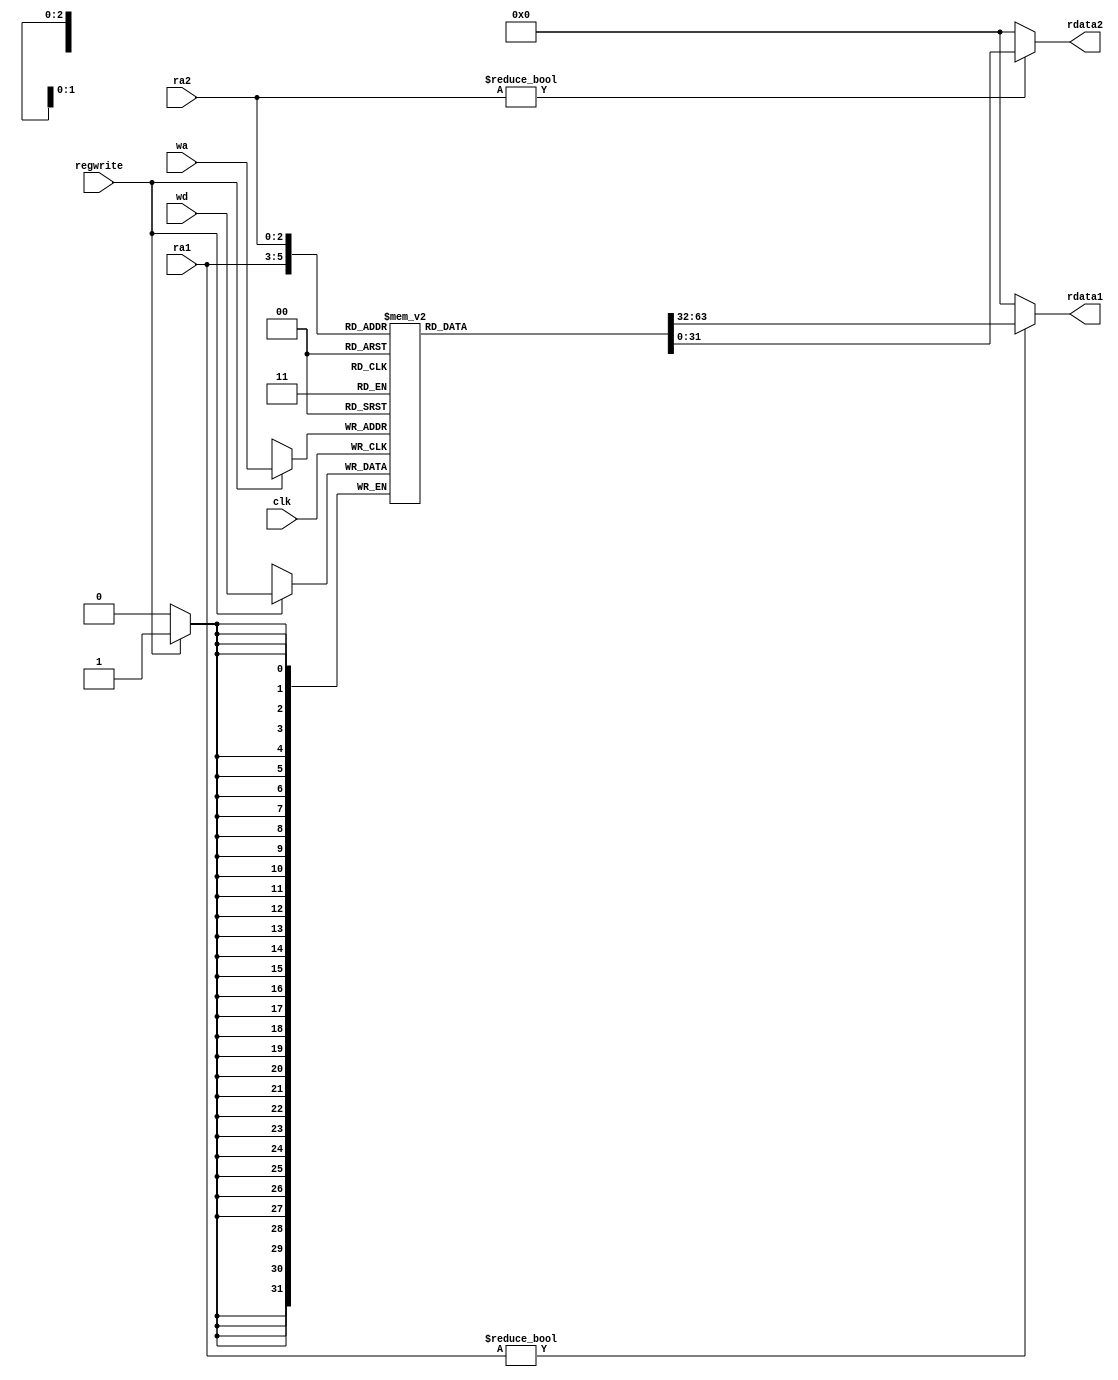
module regfile
  #(parameter REGBITS = 3)
  (
    input clk, 
    input regwrite, 
    input  [2:0] ra1, ra2, wa, 
    input  [31:0] wd, 
    output [31:0] rdata1, rdata2
  );

  reg [31:0] RAM [(1<<REGBITS)-1:0];

  always @(posedge clk)
    if (regwrite)
      RAM[wa] <= wd;	

  assign rdata1 = ra1 ? RAM[ra1] : 0;
  assign rdata2 = ra2 ? RAM[ra2] : 0;
endmodule